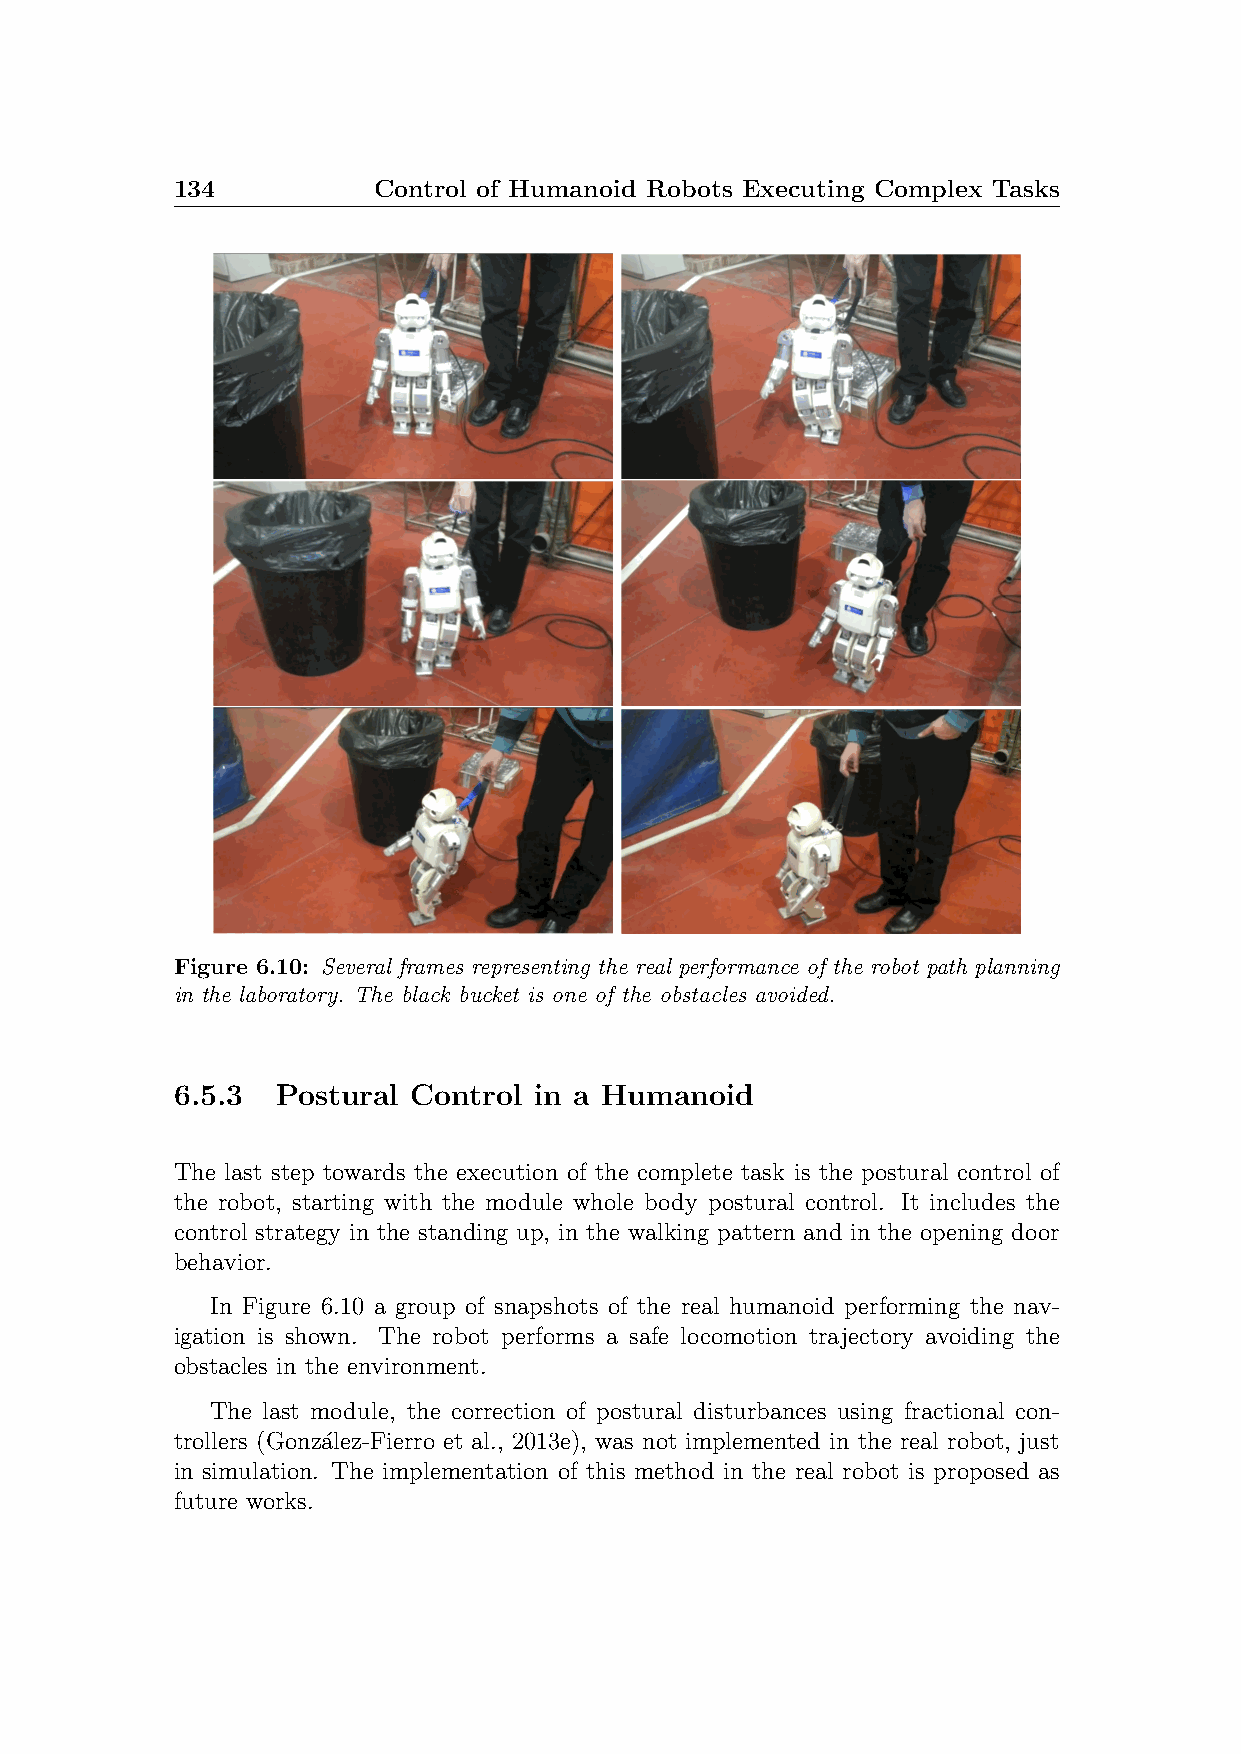
134           Control of Humanoid Robots Executing Complex Tasks
 Figure 6.10: Several frames representing the real performance of the robot path planning
 in the laboratory. The black bucket is one of the obstacles avoided.
 6.5.3  Postural Control in a Humanoid
 The last step towards the execution of the complete task is the postural control of
 the robot, starting with the module whole body postural control. It includes the
 control strategy in the standing up, in the walking pattern and in the opening door
 behavior.
 In Figure 6.10 a group of snapshots of the real humanoid performing the nav-
 igation is shown. The robot performs a safe locomotion trajectory avoiding the
 obstacles in the environment.
 The last module, the correction of postural disturbances using fractional con-
 trollers (Gonza´lez-Fierro et al., 2013e), was not implemented in the real robot, just
 in simulation. The implementation of this method in the real robot is proposed as
 future works.